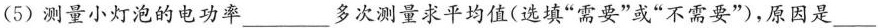
(5)测量小灯泡的电功率___多次测量求平均值(选填”需要”或”不需要”)，原因是___